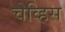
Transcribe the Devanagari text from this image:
चेव्हिस